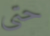
حتى